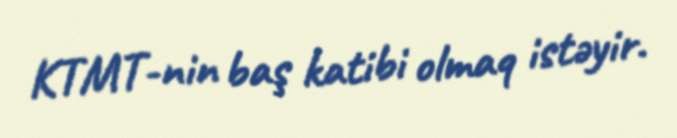
KTMT-nin baş katibi olmaq istəyir.